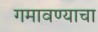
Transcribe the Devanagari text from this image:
गमावण्याचा